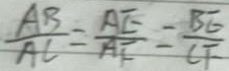
\frac { A B } { A C } = \frac { A E } { A F } = \frac { B E } { C F }